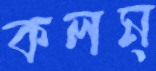
কলম্